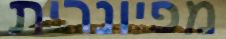
מפיונרית